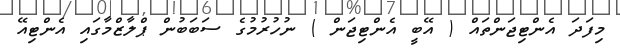
މިފަދަ އެންޓިޖަންތައް ( އޭބީ އެންޓިޖަން ) ނުހުރުމުގެ ސަބަބުން ޕްލާޒްމާގައި އެންޓިއޭ